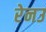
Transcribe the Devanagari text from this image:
रेनउ